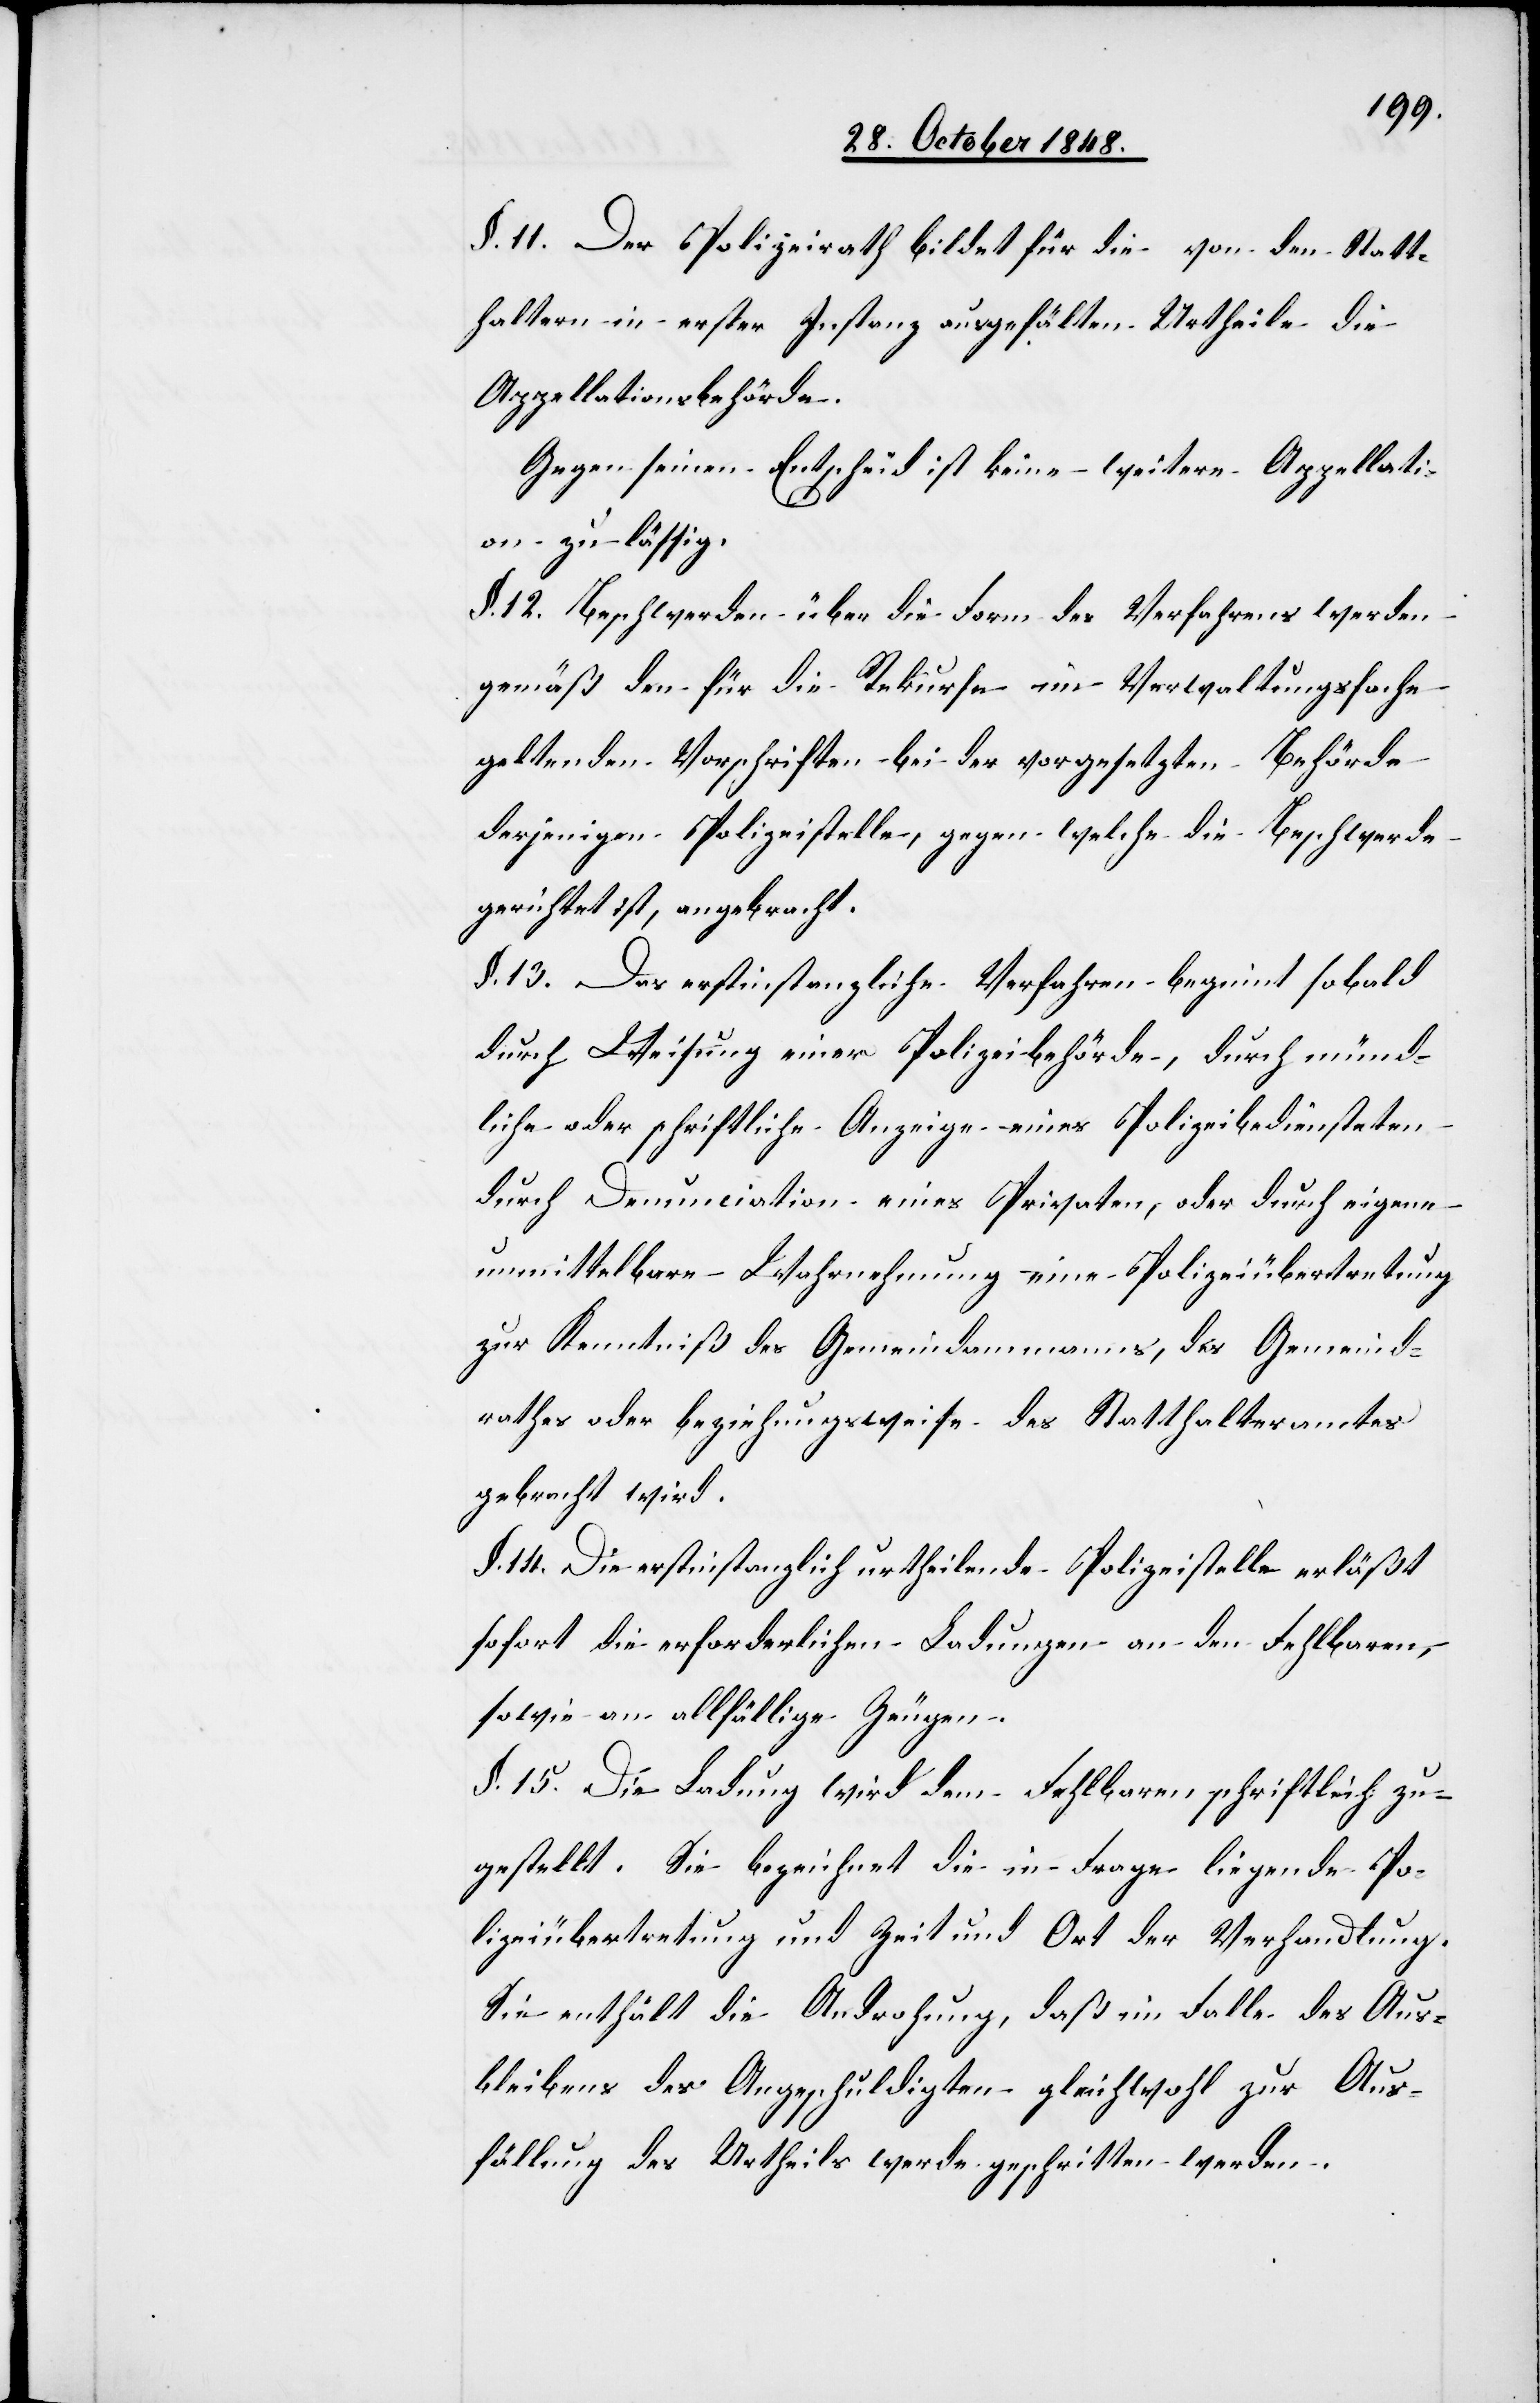
§. 11. Der Polizeirath bildet für die von den Statt¬
haltern in erster Instanz ausgefällten Urtheile die
Appellationsbehörde.
Gegen seinen Entscheid ist keine weitere Appellati¬
on zulässig.
§. 12. Beschwerden über die Form des Verfahrens werden
gemäß den für die Rekurse im Verwaltungsfache
geltenden Vorschriften bei der vorgesetzten Behörde
derjenigen Polizeistelle, gegen welche die Beschwerde
gerichtet ist, angebracht.
§. 13. Das erstinstanzliche Verfahren beginnt sobald
durch Weisung einer Polizeibehörde, durch münd¬
liche oder schriftliche Anzeige eines Polizeibediensteten
durch Denunciation eines Privaten, oder durch eigene
unmittelbare Wahrnehmung eine Polizeiübertretung
zur Kenntniß des Gemeindammanns, des Gemeind¬
rathes oder beziehungsweise des Statthalteramtes
gebracht wird.
§. 14. Die erstinstanzlich urtheilende Polizeistelle erläßt
sofort die erforderlichen Ladungen an den Fehlbaren,
sowie an allfällige Zeugen.
§. 15. Die Ladung wird dem Fehlbaren schriftlich zu¬
gestellt. Sie bezeichnet die in Frage liegende Po¬
lizeiübertretung und Zeit und Ort der Verhandlung.
Sie enthält die Androhung, daß im Falle des Aus¬
bleibens des Angeschuldigten gleichwohl zur Aus¬
fällung des Urtheils werde geschritten werden.